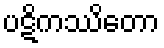
ပဋိကဿိတော